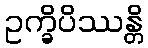
ဥက္ခိပိဿန္တိ